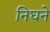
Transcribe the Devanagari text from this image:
निघने